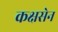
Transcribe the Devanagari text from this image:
कक्षसेन